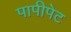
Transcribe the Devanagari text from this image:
पापीपेट